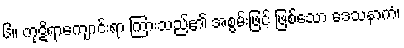
၆။ ကုဋိရာကျောင်းရာ ကြားသည်၏ အစွမ်းဖြင့် ဖြစ်သော ဒေသနာကံ၊